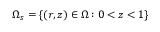
\Omega _ { s } = \{ ( r , z ) \in \Omega : 0 < z < 1 \}